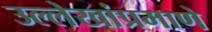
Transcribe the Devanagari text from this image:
उल्लेखांप्रमाणे